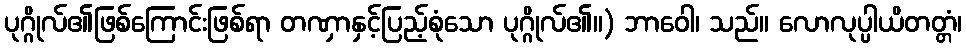
ပုဂ္ဂိုလ်၏ဖြစ်ကြောင်းဖြစ်ရာ တဏှာနှင့်ပြည့်စုံသော ပုဂ္ဂိုလ်၏။) ဘာဝေါ၊ သည်။ လောလုပ္ပါယိတတ္တံ၊